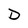
Character: D